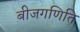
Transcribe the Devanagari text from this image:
बीजगणिति